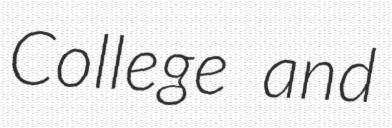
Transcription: College and